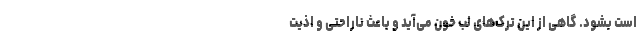
است بشود. گاهی از این ترک­های لب خون می­آید و باعث ناراحتی و اذیت